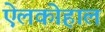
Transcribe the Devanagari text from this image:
ऐलकोहाल